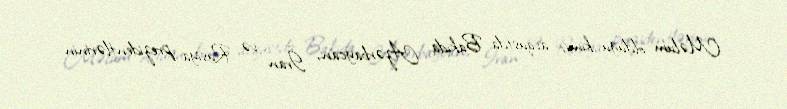
Məlum olduğu kimi, avqustda Bakıda Azərbaycan, İran və Rusiya prezidentlərinin